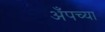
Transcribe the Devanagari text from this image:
अँपच्या